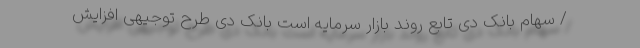
/ سهام بانک دی تابع روند بازار سرمایه است بانک دی طرح توجیهی افزایش